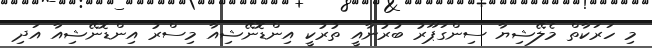
މި ހަރަކާތް މެލޭޝިޔާ ސިންގަޕޫރު ބުރުނާއީ ތުރުކީ އިންޑޮނޭޝިއާ މިސްރު އިންޑޮނޭޝިއާ އަދި